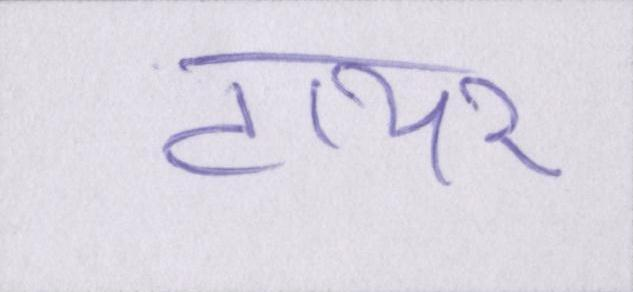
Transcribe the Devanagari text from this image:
टायर